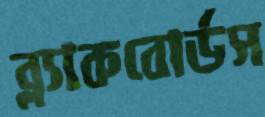
ব্ল্যাকবোর্ডস